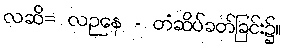
လဆိ= လဉနေ - တံဆိပ်ခတ်ခြင်း၌။